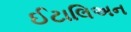
ઈટાલિઅન